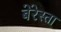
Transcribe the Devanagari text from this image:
बेरेस्ता